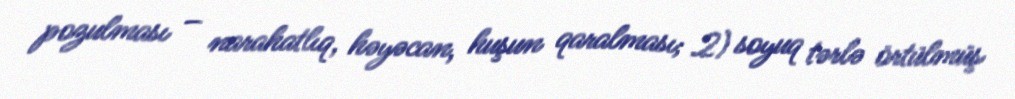
pozulması – narahatlıq, həyəcan, huşun qaralması; 2) soyuq tərlə örtülmüş